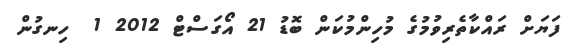
ފަޔަށް ރައްކާތެރިވުމުގެ މުހިންމުކަން ބޮޑު 21 އޯގަސްޓް 2012 1  ހިނގުން